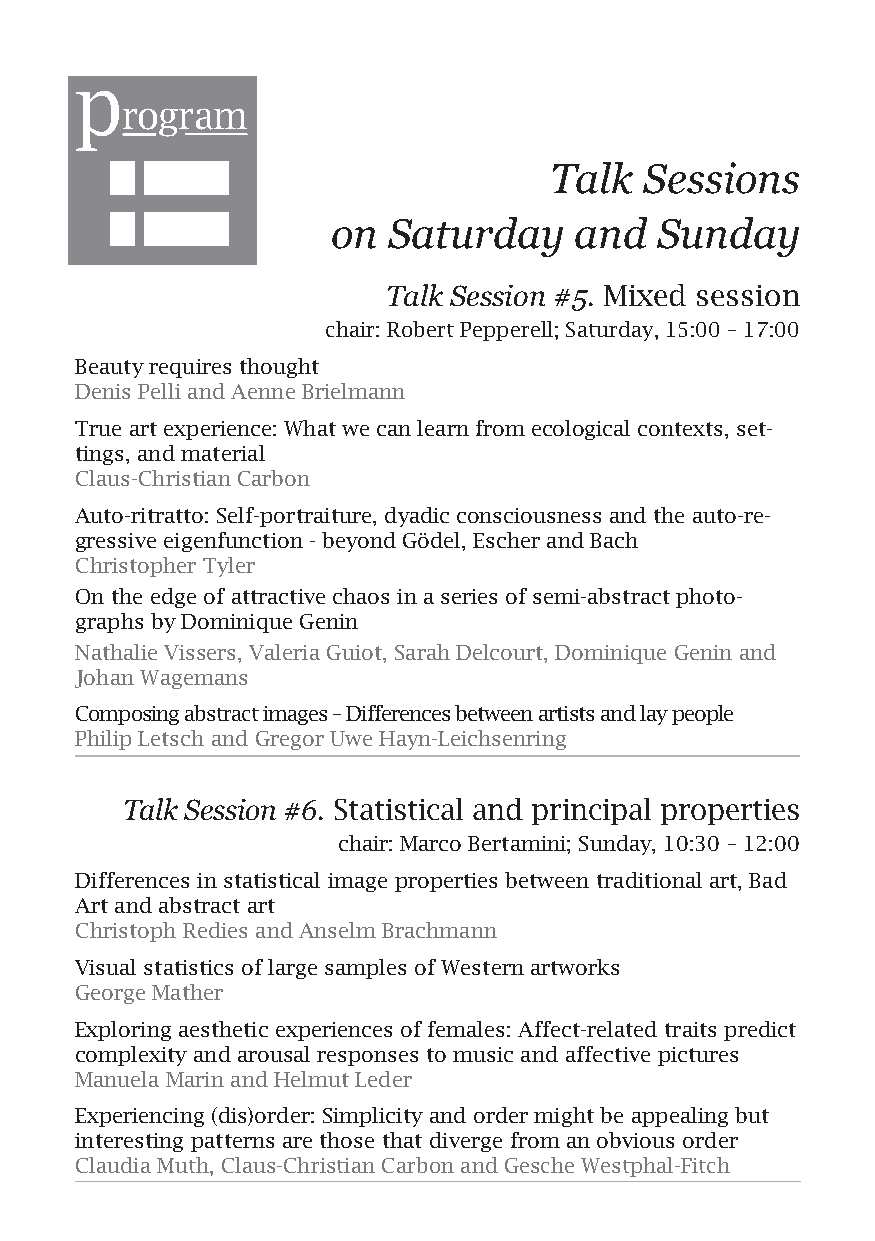
p
 rogram
 Talk   Sessions
 on  Saturday    and  Sunday
 Talk Session #5. Mixed session
 chair: Robert Pepperell; Saturday, 15:00 – 17:00
 Beauty requires thought
 Denis Pelli and Aenne Brielmann
 True art experience: What we can learn from ecological contexts, set-
 tings, and material
 Claus-Christian Carbon
 Auto-ritratto: Self-portraiture, dyadic consciousness and the auto-re-
 gressive eigenfunction - beyond Gödel, Escher and Bach
 Christopher Tyler
 On the edge of attractive chaos in a series of semi-abstract photo-
 graphs by Dominique Genin
 Nathalie Vissers, Valeria Guiot, Sarah Delcourt, Dominique Genin and
 Johan Wagemans
 Composing abstract images – Differences between artists and lay people
 Philip Letsch and Gregor Uwe Hayn-Leichsenring
 Talk Session #6. Statistical and principal properties
 chair: Marco Bertamini; Sunday, 10:30 – 12:00
 Differences in statistical image properties between traditional art, Bad
 Art and abstract art
 Christoph Redies and Anselm Brachmann
 Visual statistics of large samples of Western artworks
 George Mather
 Exploring aesthetic experiences of females: Affect-related traits predict
 complexity and arousal responses to music and affective pictures
 Manuela Marin and Helmut Leder
 Experiencing (dis)order: Simplicity and order might be appealing but
 interesting patterns are those that diverge from an obvious order
 Claudia Muth, Claus-Christian Carbon and Gesche Westphal-Fitch